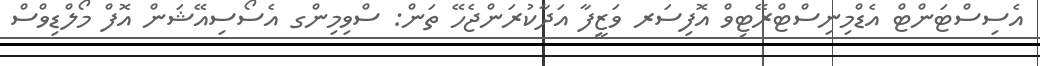
އެސިސްޓަންޓް އެޑްމިނިސްޓްރޭޓިވް އޮފިސަރ ވަޒީފާ އަދާކުރަންޖެހޭ ތަން: ސްވިމިންގ އެސޯސިއޭޝަން އޮފް މޯލްޑިވްސް